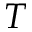
_ T